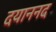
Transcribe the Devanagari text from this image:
दयाननद